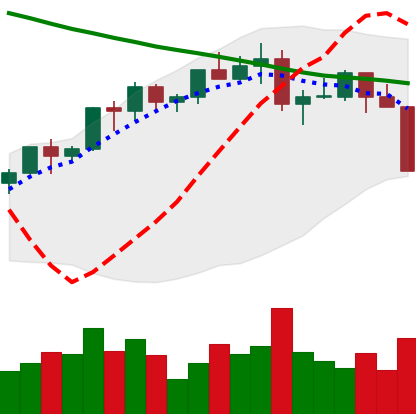
Ticker: LTC-USD
Chart end date: 2022-04-06
Forward return: -8.762%
Label: down_7plus